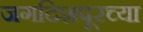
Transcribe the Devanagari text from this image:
जगदिशपूरच्या